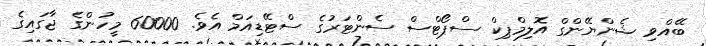
ބޭއްވި ޝެންޔޭންގް އޮލިމްޕިކް ސްޕޯޓްސް ސެންޓަރުގެ ސްޓޭޑިއަމް އެވެ. 60000 މީހުންގެ ޖާގައިގެ